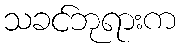
သခင်ဘုရားက